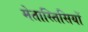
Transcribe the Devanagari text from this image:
मेतास्तिसियों